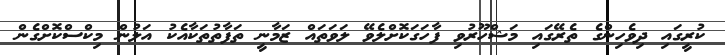
ކުރީގައި ދިވެހިންގެ ތެރޭގައި މަޝްހޫރުވި ފާހަގަކޮށްލެވޭ ލަވަތައް ޒަމާނީ ތަފާތުތަކާއެކު އަލުން މިކްސްކޮށްގެން